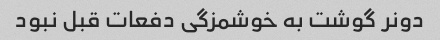
دونر گوشت به خوشمزگی دفعات قبل نبود